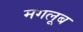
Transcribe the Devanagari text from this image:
मगलूब